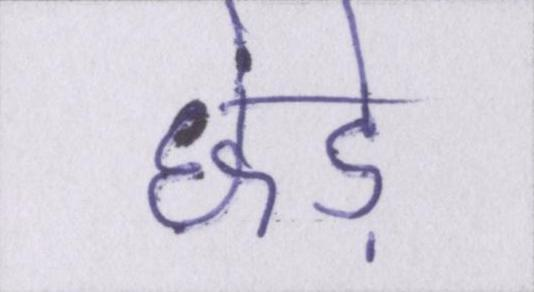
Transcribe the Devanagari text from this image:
छेड़े